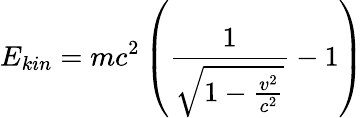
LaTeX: E_{kin}=mc^{2}\left({\frac{1}{\sqrt{1-{\frac{v^{2}}{c^{2}}}}}}-1\right)